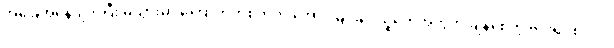
အခြေအနေပျက်ပြီး မွဲသွားမှာ ကြောက်တဲ့စိတ်က အောင်မြင်ချင်သူတွေအတွက် ချိနဲ့စေတဲ့ ဗိုင်းရပ်စ်ပါပဲ။